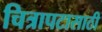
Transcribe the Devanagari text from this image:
चित्रापटासाठी